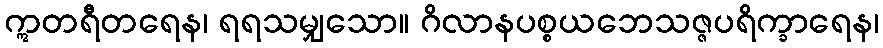
ဣတရီတရေန၊ ရရသမျှသော။ ဂိလာနပစ္စယဘေသဇ္ဇပရိက္ခာရေန၊